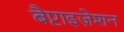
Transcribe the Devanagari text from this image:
बैप्टाइज़ेशन